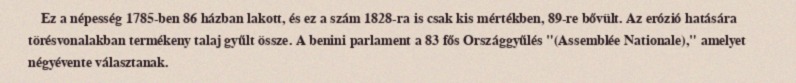
Ez a népesség 1785-ben 86 házban lakott, és ez a szám 1828-ra is csak kis mértékben, 89-re bővült. Az erózió hatására törésvonalakban termékeny talaj gyűlt össze. A benini parlament a 83 fős Országgyűlés "(Assemblée Nationale)," amelyet négyévente választanak.